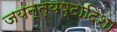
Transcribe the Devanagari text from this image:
जयन्त्यष्टादिशा